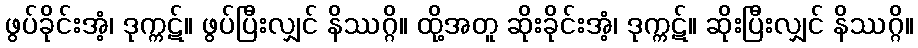
ဖွပ်ခိုင်းအံ့၊ ဒုက္ကဋ်။ ဖွပ်ပြီးလျှင် နိဿဂ္ဂိ။ ထို့အတူ ဆိုးခိုင်းအံ့၊ ဒုက္ကဋ်။ ဆိုးပြီးလျှင် နိဿဂ္ဂိ။